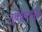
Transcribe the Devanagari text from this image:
तुकोबापुत्र